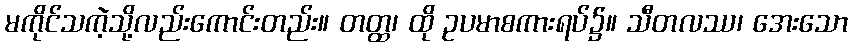
မကိုင်သကဲ့သို့လည်းကောင်းတည်း။ တတ္ထ၊ ထို ဥပမာစကားရပ်၌။ သီတလဿ၊ အေးသော